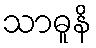
သာဓူနိ